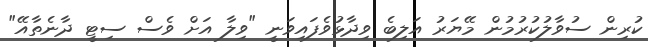
ކުރިން ސުވާލުކުރުމުން މޭޔަރު އަލިބެ ވިދާޅުވެފައިވަނީ "ވިލާ އަށް ވެސް ސިޓީ ދާނެތާއޭ"